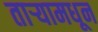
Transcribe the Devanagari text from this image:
ताऱ्यामधून